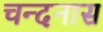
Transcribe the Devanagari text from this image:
चन्दनास